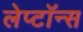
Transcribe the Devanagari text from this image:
लेप्टॉन्स